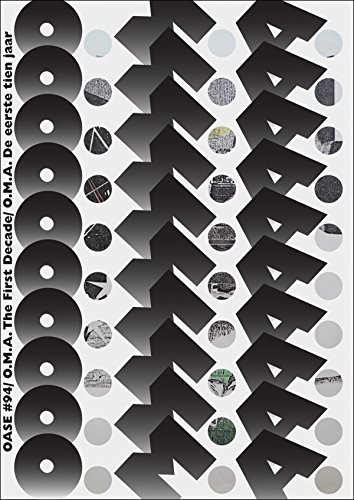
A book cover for OASE 94: O.M.A. The First Decade; Pier Vittorio Aureli; Arts & Photography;